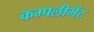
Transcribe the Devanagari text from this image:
कम्पलीमेंट